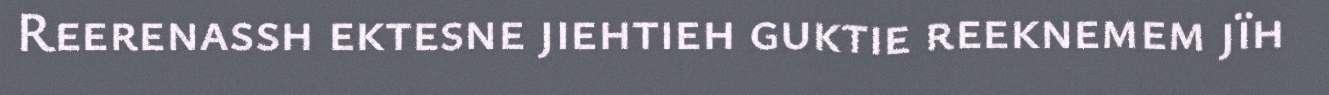
Reerenassh ektesne jiehtieh guktie reeknemem jïh